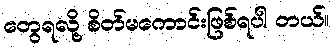
တွေရလို့ စိတ်မကောင်းဖြစ်ရပါ တယ်။